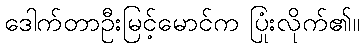
ဒေါက်တာဦးမြင့်မောင်က ပြုံးလိုက်၏။